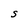
Character: S